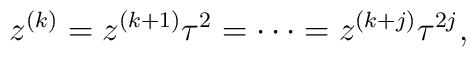
z^{(k)}=z^{(k+1)}\tau^2=\cdots =z^{(k+j)}\tau^{2j},